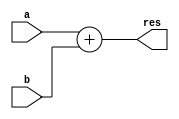
module sum( 
input [15:0] a, 
input [15:0] b, 
output [15:0] res 
); 

assign res = a + b; 

endmodule